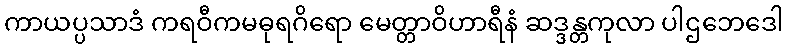
ကာယပ္ပသာဒံ ကရဝီကမဓုရဂိရော မေတ္တာဝိဟာရီနံ ဆဒ္ဒန္တကုလာ ပါဌဘေဒေါ